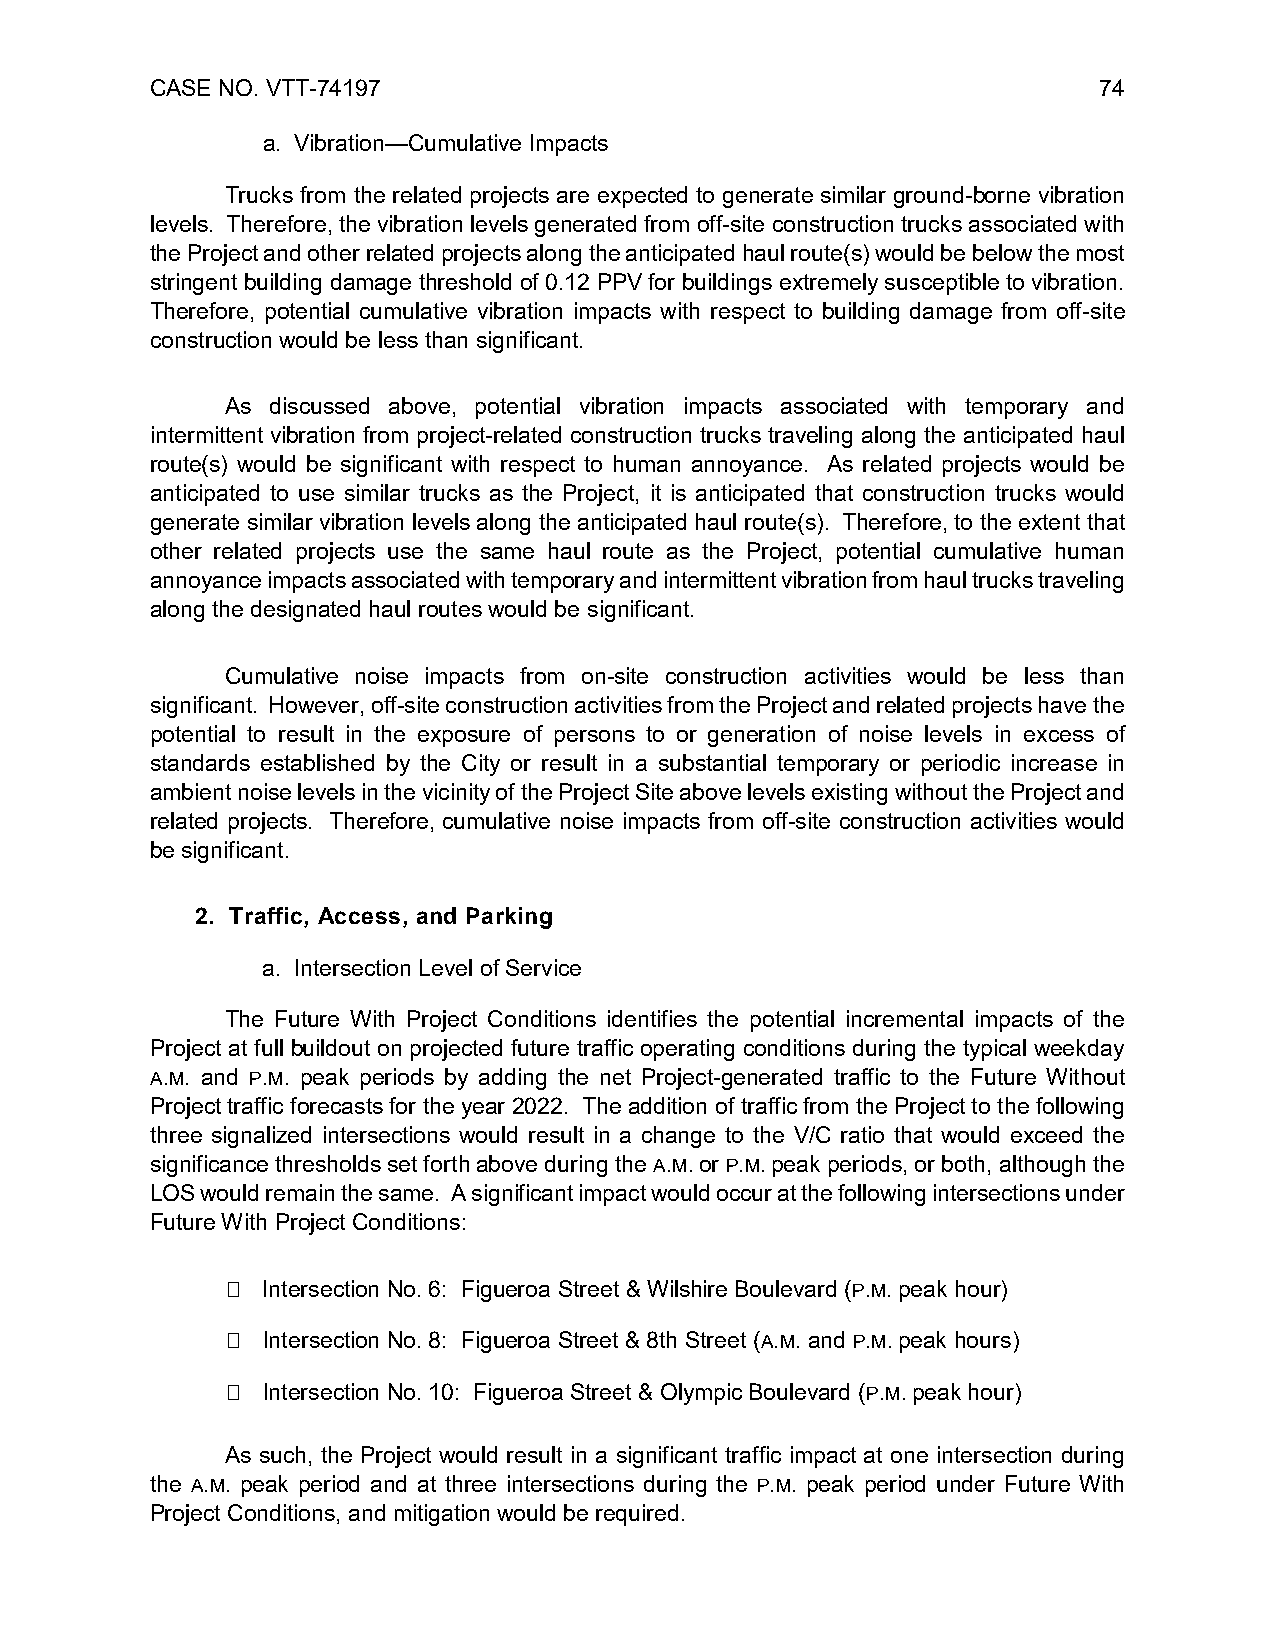
CASE NO. VTT-74197                                             74
 a. Vibration—Cumulative Impacts
 Trucks from the related projects are expected to generate similar ground-borne vibration
 levels. Therefore, the vibration levels generated from off-site construction trucks associated with
 the Project and other related projects along the anticipated haul route(s) would be below the most
 stringent building damage threshold of 0.12 PPV for buildings extremely susceptible to vibration.
 Therefore, potential cumulative vibration impacts with respect to building damage from off-site
 construction would be less than significant.
 As discussed above, potential vibration impacts associated with temporary and
 intermittent vibration from project-related construction trucks traveling along the anticipated haul
 route(s) would be significant with respect to human annoyance. As related projects would be
 anticipated to use similar trucks as the Project, it is anticipated that construction trucks would
 generate similar vibration levels along the anticipated haul route(s). Therefore, to the extent that
 other related projects use the same haul route as the Project, potential cumulative human
 annoyance impacts associated with temporary and intermittent vibration from haul trucks traveling
 along the designated haul routes would be significant.
 Cumulative noise impacts from on-site construction activities would be less than
 significant. However, off-site construction activities from the Project and related projects have the
 potential to result in the exposure of persons to or generation of noise levels in excess of
 standards established by the City or result in a substantial temporary or periodic increase in
 ambient noise levels in the vicinity of the Project Site above levels existing without the Project and
 related projects. Therefore, cumulative noise impacts from off-site construction activities would
 be significant.
 2. Traffic, Access, and Parking
 a. Intersection Level of Service
 The Future With Project Conditions identifies the potential incremental impacts of the
 Project at full buildout on projected future traffic operating conditions during the typical weekday
 A.M. and P.M. peak periods by adding the net Project-generated traffic to the Future Without
 Project traffic forecasts for the year 2022. The addition of traffic from the Project to the following
 three signalized intersections would result in a change to the V/C ratio that would exceed the
 significance thresholds set forth above during the A.M. or P.M. peak periods, or both, although the
 LOS would remain the same. A significant impact would occur at the following intersections under
 Future With Project Conditions:
  Intersection No. 6: Figueroa Street & Wilshire Boulevard (P.M. peak hour)
  Intersection No. 8: Figueroa Street & 8th Street (A.M. and P.M. peak hours)
  Intersection No. 10: Figueroa Street & Olympic Boulevard (P.M. peak hour)
 As such, the Project would result in a significant traffic impact at one intersection during
 the A.M. peak period and at three intersections during the P.M. peak period under Future With
 Project Conditions, and mitigation would be required.